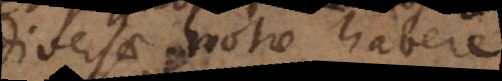
diversae notae habere